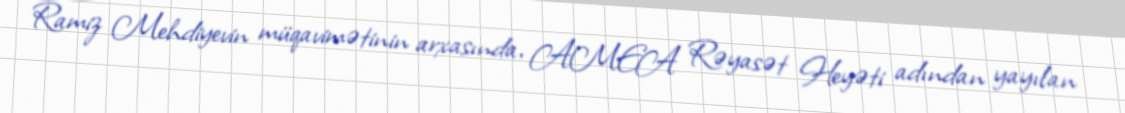
Ramiz Mehdiyevin müqavimətinin arxasında, AMEA Rəyasət Heyəti adından yayılan